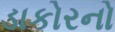
ડાકોરનો